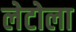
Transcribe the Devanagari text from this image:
लेटोला